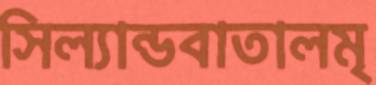
সিল্যান্ডবাতালমৃ